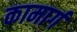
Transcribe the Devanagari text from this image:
कामार्ग